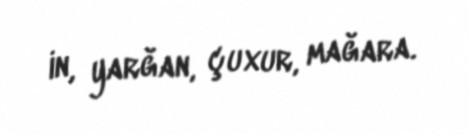
in, yarğan, çuxur, mağara.